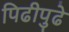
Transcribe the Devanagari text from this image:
पिढीपुढे